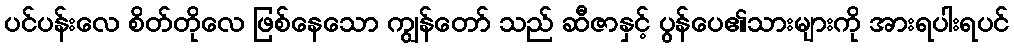
ပင်ပန်းလေ စိတ်တိုလေ ဖြစ်နေသော ကျွန်တော် သည် ဆီဇာနှင့် ပွန်ပေ၏သားများကို အားရပါးရပင်